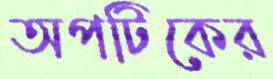
অপটিকের